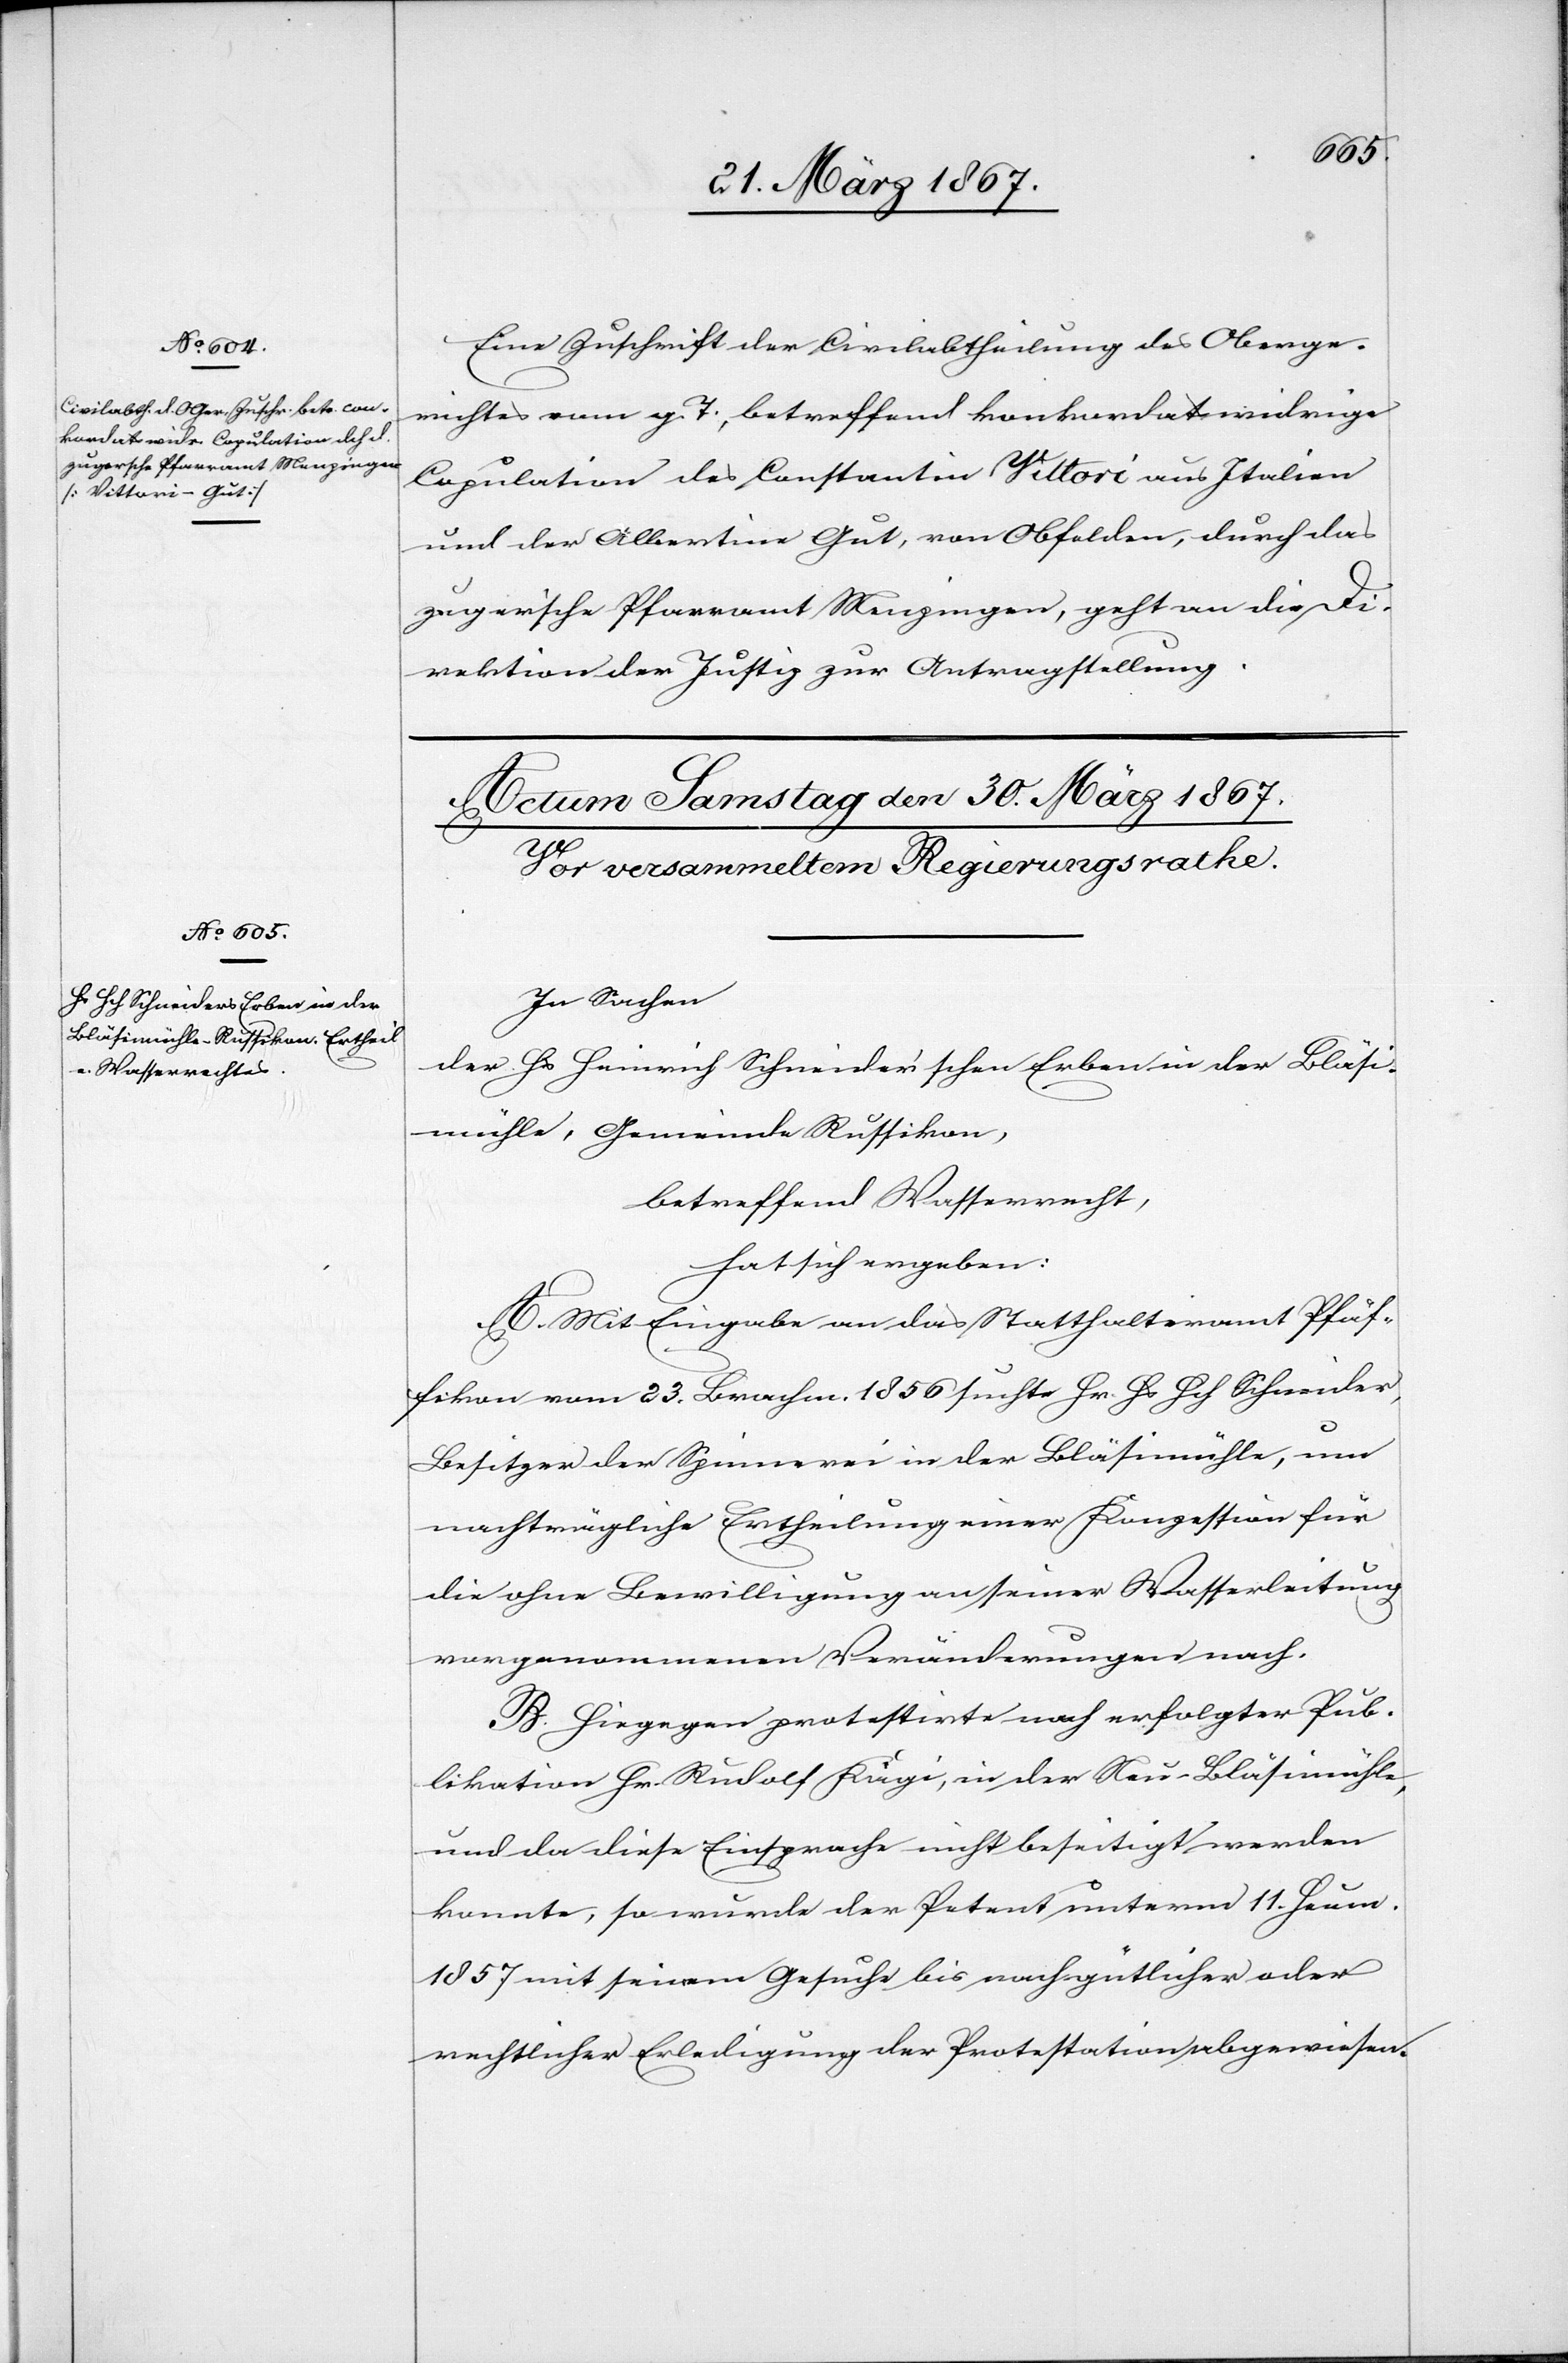
29. März 1867.]
Eine Zuschrift der Civilabtheilung des Oberge¬
richtes vom g. T., betreffend konkordatswidrige
Copulation des Constantin Vittori aus Italien
und der Albertine Gut, von Obfelden, durch das
zugerische Pfarramt Menzingen, geht an die D¬
irektion der Justiz zur Antragstellung.
In Sachen
der Hs Heinrich Schneider’schen Erben in der Bläsi¬
mühle, Gemeinde Russikon,
betreffend Wasserrecht,
hat sich ergeben:
A. Mit Eingabe an das Statthalteramt Pfäf¬
fikon vom 23. Brachm. 1856 suchte Hr. Hs Hch Schneider,
Besitzer der Spinnerei in der Bläsimühle, um
nachträgliche Ertheilung einer Konzession für
die ohne Bewilligung an seiner Wasserleitung
vorgenommenen Veränderungen nach.
B. Hiegegen protestirte nach erfolgter Pub¬
likation Hr. Rudolf Kägi, in der Neu-Bläsimühle,
und da diese Einsprache nicht beseitigt werden
konnte, so wurde der Petent unterm 11. Heumonat
1857 mit seinem Gesuche bis nach gütlicher oder
rechtlicher Erledigung der Protestation abgewiesen.